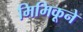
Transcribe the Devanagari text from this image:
मिमिकूने